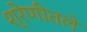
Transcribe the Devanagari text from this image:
श्रेणीतले